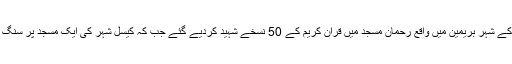
غیر ملکی نشریاتی ادارے جرمنی کے شہر بریمین میں واقع رحمان مسجد میں قرآن کریم کے 50 نسخے شہید کردیے گئے جب کہ کیسل شہر کی ایک مسجد پر سنگ باری کرنے کا واقعہ بھی پیش آیا۔